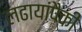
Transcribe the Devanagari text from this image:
लढायांपैकी